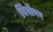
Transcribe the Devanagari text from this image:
बिंबोंपर